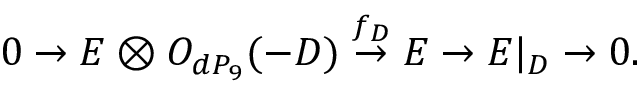
0 \rightarrow E \otimes { \cal O } _ { d P _ { 9 } } ( - D ) \stackrel { f _ { D } } { \rightarrow } E \rightarrow E | _ { D } \rightarrow 0 .